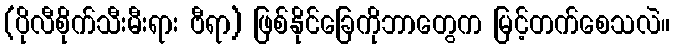
(ပိုလီစိုက်သီးမီးရား ဗီရာ) ဖြစ်နိုင်ခြေကိုဘာတွေက မြင့်တက်စေသလဲ။